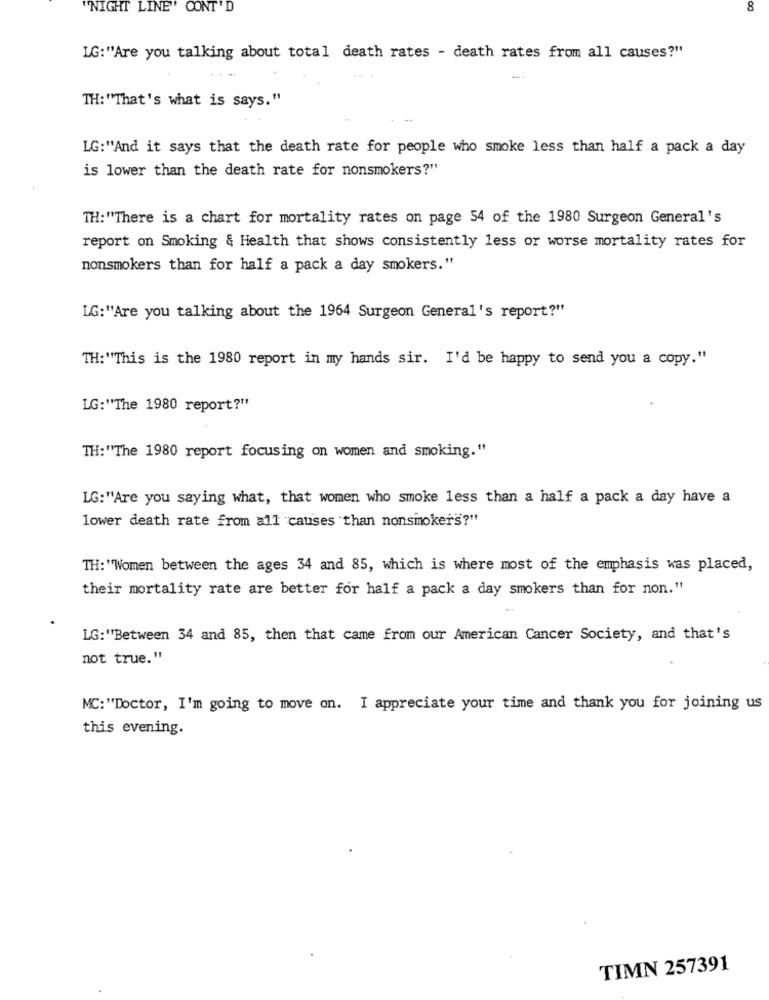
"NIGHT LINE" CONT'D
8
LG:""Are you talking about total death rates - death rates from all causes?"
+4+ 4
TH: "That's what is says."
LG:"And it says that the death rate for people who smoke less than half a pack a day
is lower than the death rate for nonsmokers?"
TH:"There is a chart for mortality rates on page 54 of the 1980 Surgeon General's
report on Smoking & Health that shows consistently less or worse mortality rates for
nonsmokers than for half a pack a day smokers."
LG:"'Are you talking about the 1964 Surgeon General's report?"
TH:"This is the 1980 report in my hands sir. I'd be happy to send you a copy."
LG:"The 1980 report?"
TH:"The 1980 report focusing on women and smoking."
LG:"Are you saying what, that women who smoke less than a half a pack a day have a
lower death rate from all causes than nonsmokers?"
TH: "Women between the ages 34 and 85, which is where most of the emphasis was placed,
their mortality rate are better for half a pack a day smokers than for non."
LG:"Between 34 and 85, then that came from our American Cancer Society, and that's
not true."
MC:"Doctor, I'm going to move on. I appreciate your time and thank you for joining us
this evening.
TIMN 257391